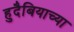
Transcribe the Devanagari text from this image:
हुदैबियाच्या